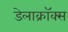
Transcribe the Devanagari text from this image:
डेलाक्रॉक्स